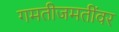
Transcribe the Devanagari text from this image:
गमतीजमतींवर